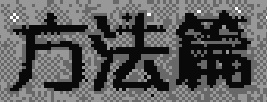
方法篇